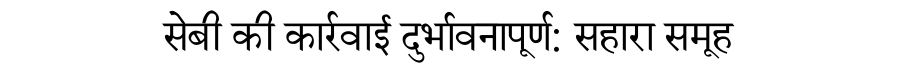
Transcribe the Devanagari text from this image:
सेबी की कार्रवाई दुर्भावनापूर्ण: सहारा समूह